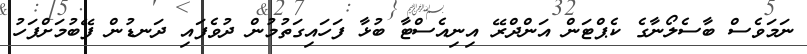
ނަމަވެސް ބާސެލޯނާގެ ކެޕްޓަން އަންދްރޭ އިނިއެސްޓާ ބުޅާ ފަހައިގަތުމުން ދުވެފައި ދަނޑުން ފޭބުމަށްފަހު